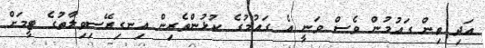
އަދި ތިން ގައުމުން ވެސް ވަނީ އެ ގައުމުގެ ކުޅުންތެރިން އިނގިރޭސިވިލާތުގެ ޓީމަށް